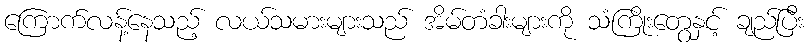
ကြောက်လန့်နေသည့် လယ်သမားများသည် အိမ်တံခါးများကို သံကြိုးတွေနှင့် ချည်ပြီး